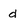
Character: d